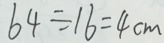
6 4 \div 1 6 = 4 c m